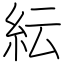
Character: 紜